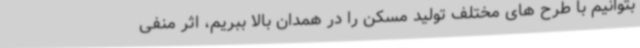
بتوانیم با طرح های مختلف تولید مسکن را در همدان بالا ببریم، اثر منفی